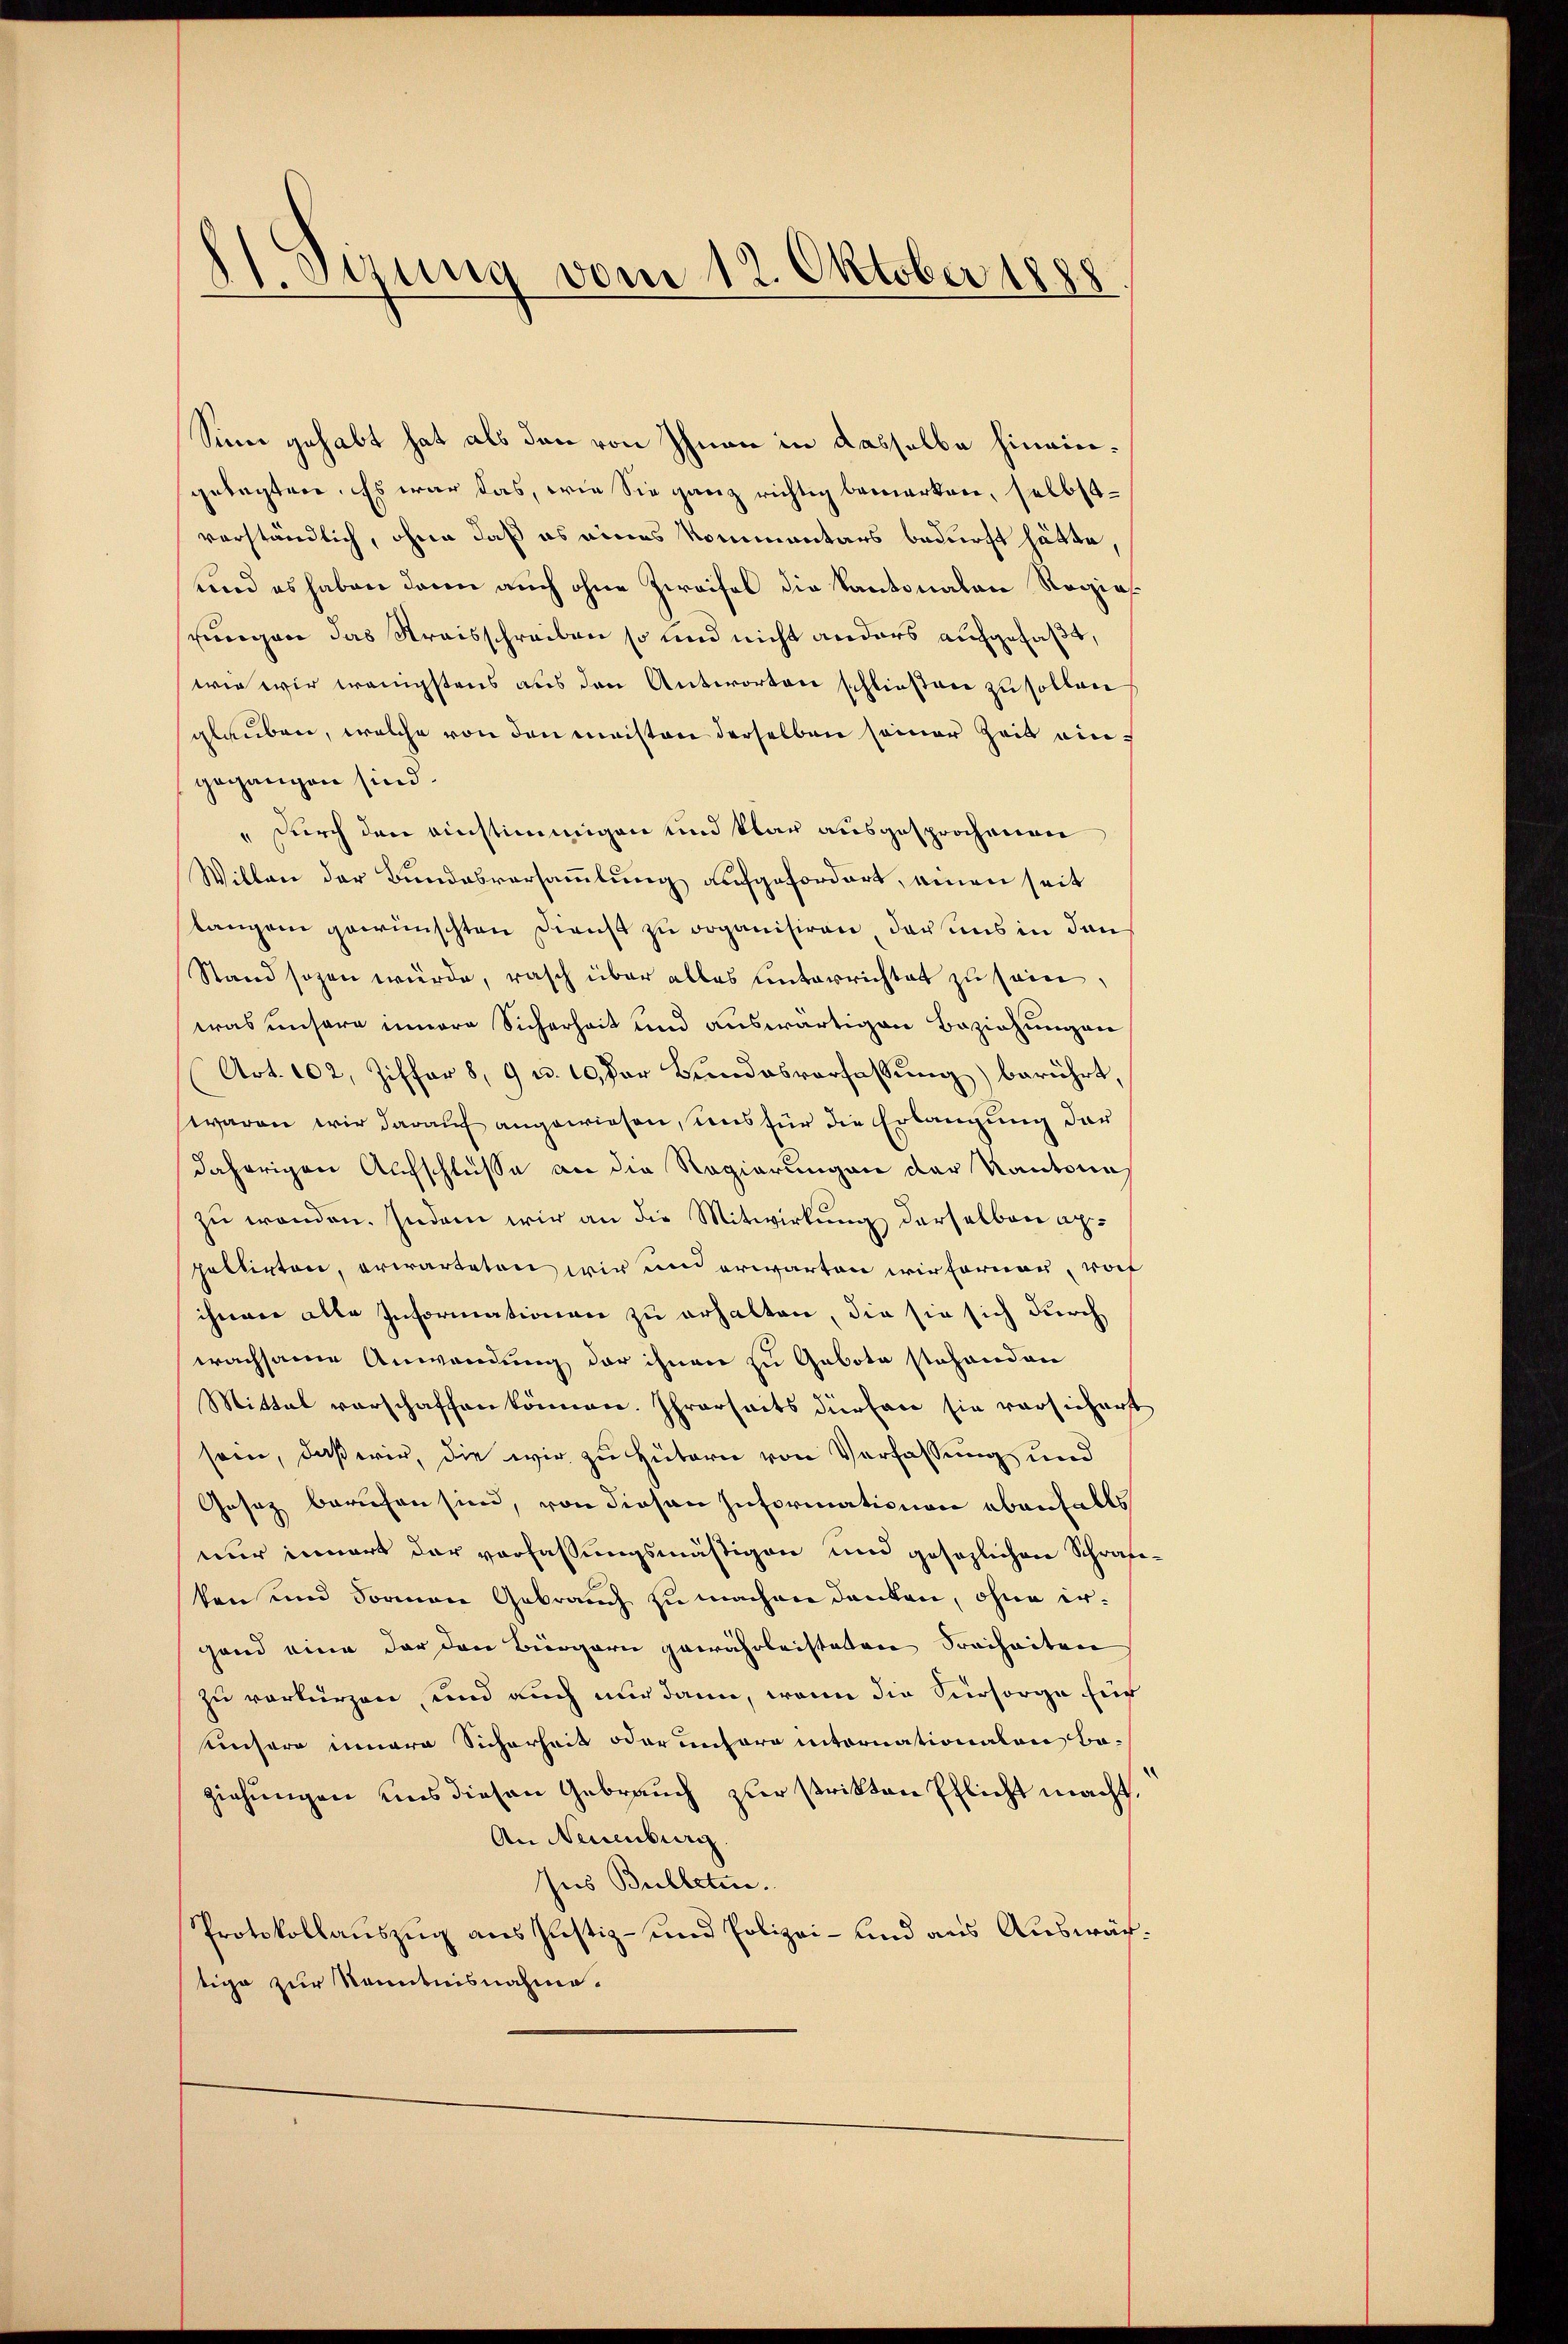
H. Ogung vom 12. Oktober 1888

Sinn gehabt hat als den von Ihnen in dasselbe hineingelegten. Es war das, wie Sie ganz richtig bemerken, selbst
verständlich, ohne daß es eines Kommentars bedurft hätte,
und es haben darin auch ohne Zweifel die Kantonalan Roziesstungen das Streisschreiben so und nicht anders aufgefaßt,
wie wir wenigstens aus den Antworten schließen zu sollen
glauben, welche von den meisten derselben seiner Zeit eingegangen sind.
" durch den einstimmigen und klar ausgesprochenen
Willen der Bundesversammlung aufgefordert, einen seit
langen gewünschten Dienst zu organisiren, dass uns in den
Stand sogen würde, rasch über alles unterrichtet zu sein.
was unsere innere Sicherheit und auswärtigen Beziehungen
Art. 102, Ziffer 8, 9 u. 10, der Bundesverfassŭng berührt,
waren wir darauf angewiesen, uns für die Erlangung der
daherigen Aufschlüsse an die Regierungen der Kantone
zu wenden. Indem wir an die Mitwirkung derselben appellirten, erwarteten wir und erwarten wir ferner, wof
ihnen alle Informationen zu erhalten, die sie sich durch
wachsame Anwendung der ihnen zu Gebote stehenden
Mittel vorschaffen können. Ihrerseits dürfen sie vorsichert
sein, daß wir, die wir zu Hütern von Verfassung und
Gesez beruhen sind, von diesen Informationen ebenfalls
nur innert der verfassungsmäßigen und gesezlichen Schräfeken und Formen Gebrauch zu machen denken, ohne ergand eine der den Bürgern gewährleisteten Freiheiten
zu verkürzen, und auch nur dann, wenn die Versorge für
Einsere innere Sicherheit oder unsera intornationalen Be-
ziehungen uns diesen Gebrauch zur strikten Pflicht macht.
An Neuenburg.
Jus Bulleten.
Protokollauszug aus Justiz- und Polizei- und aus Auswärtige zur Kenntnisnahme.